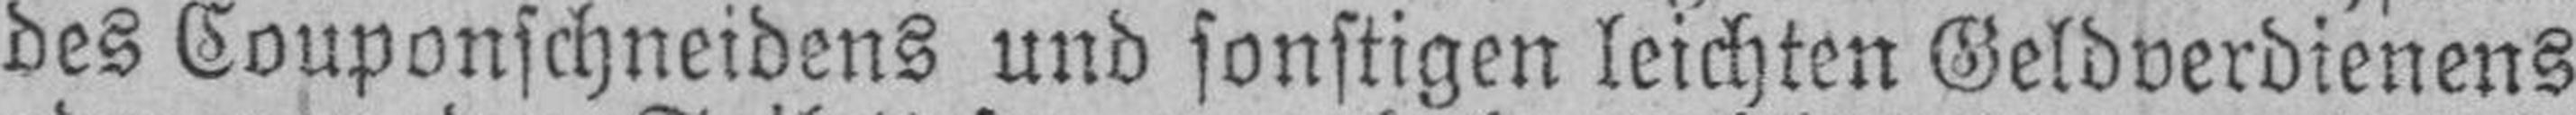
des Couponschneidens und sonstigen leichten Geldverdienens